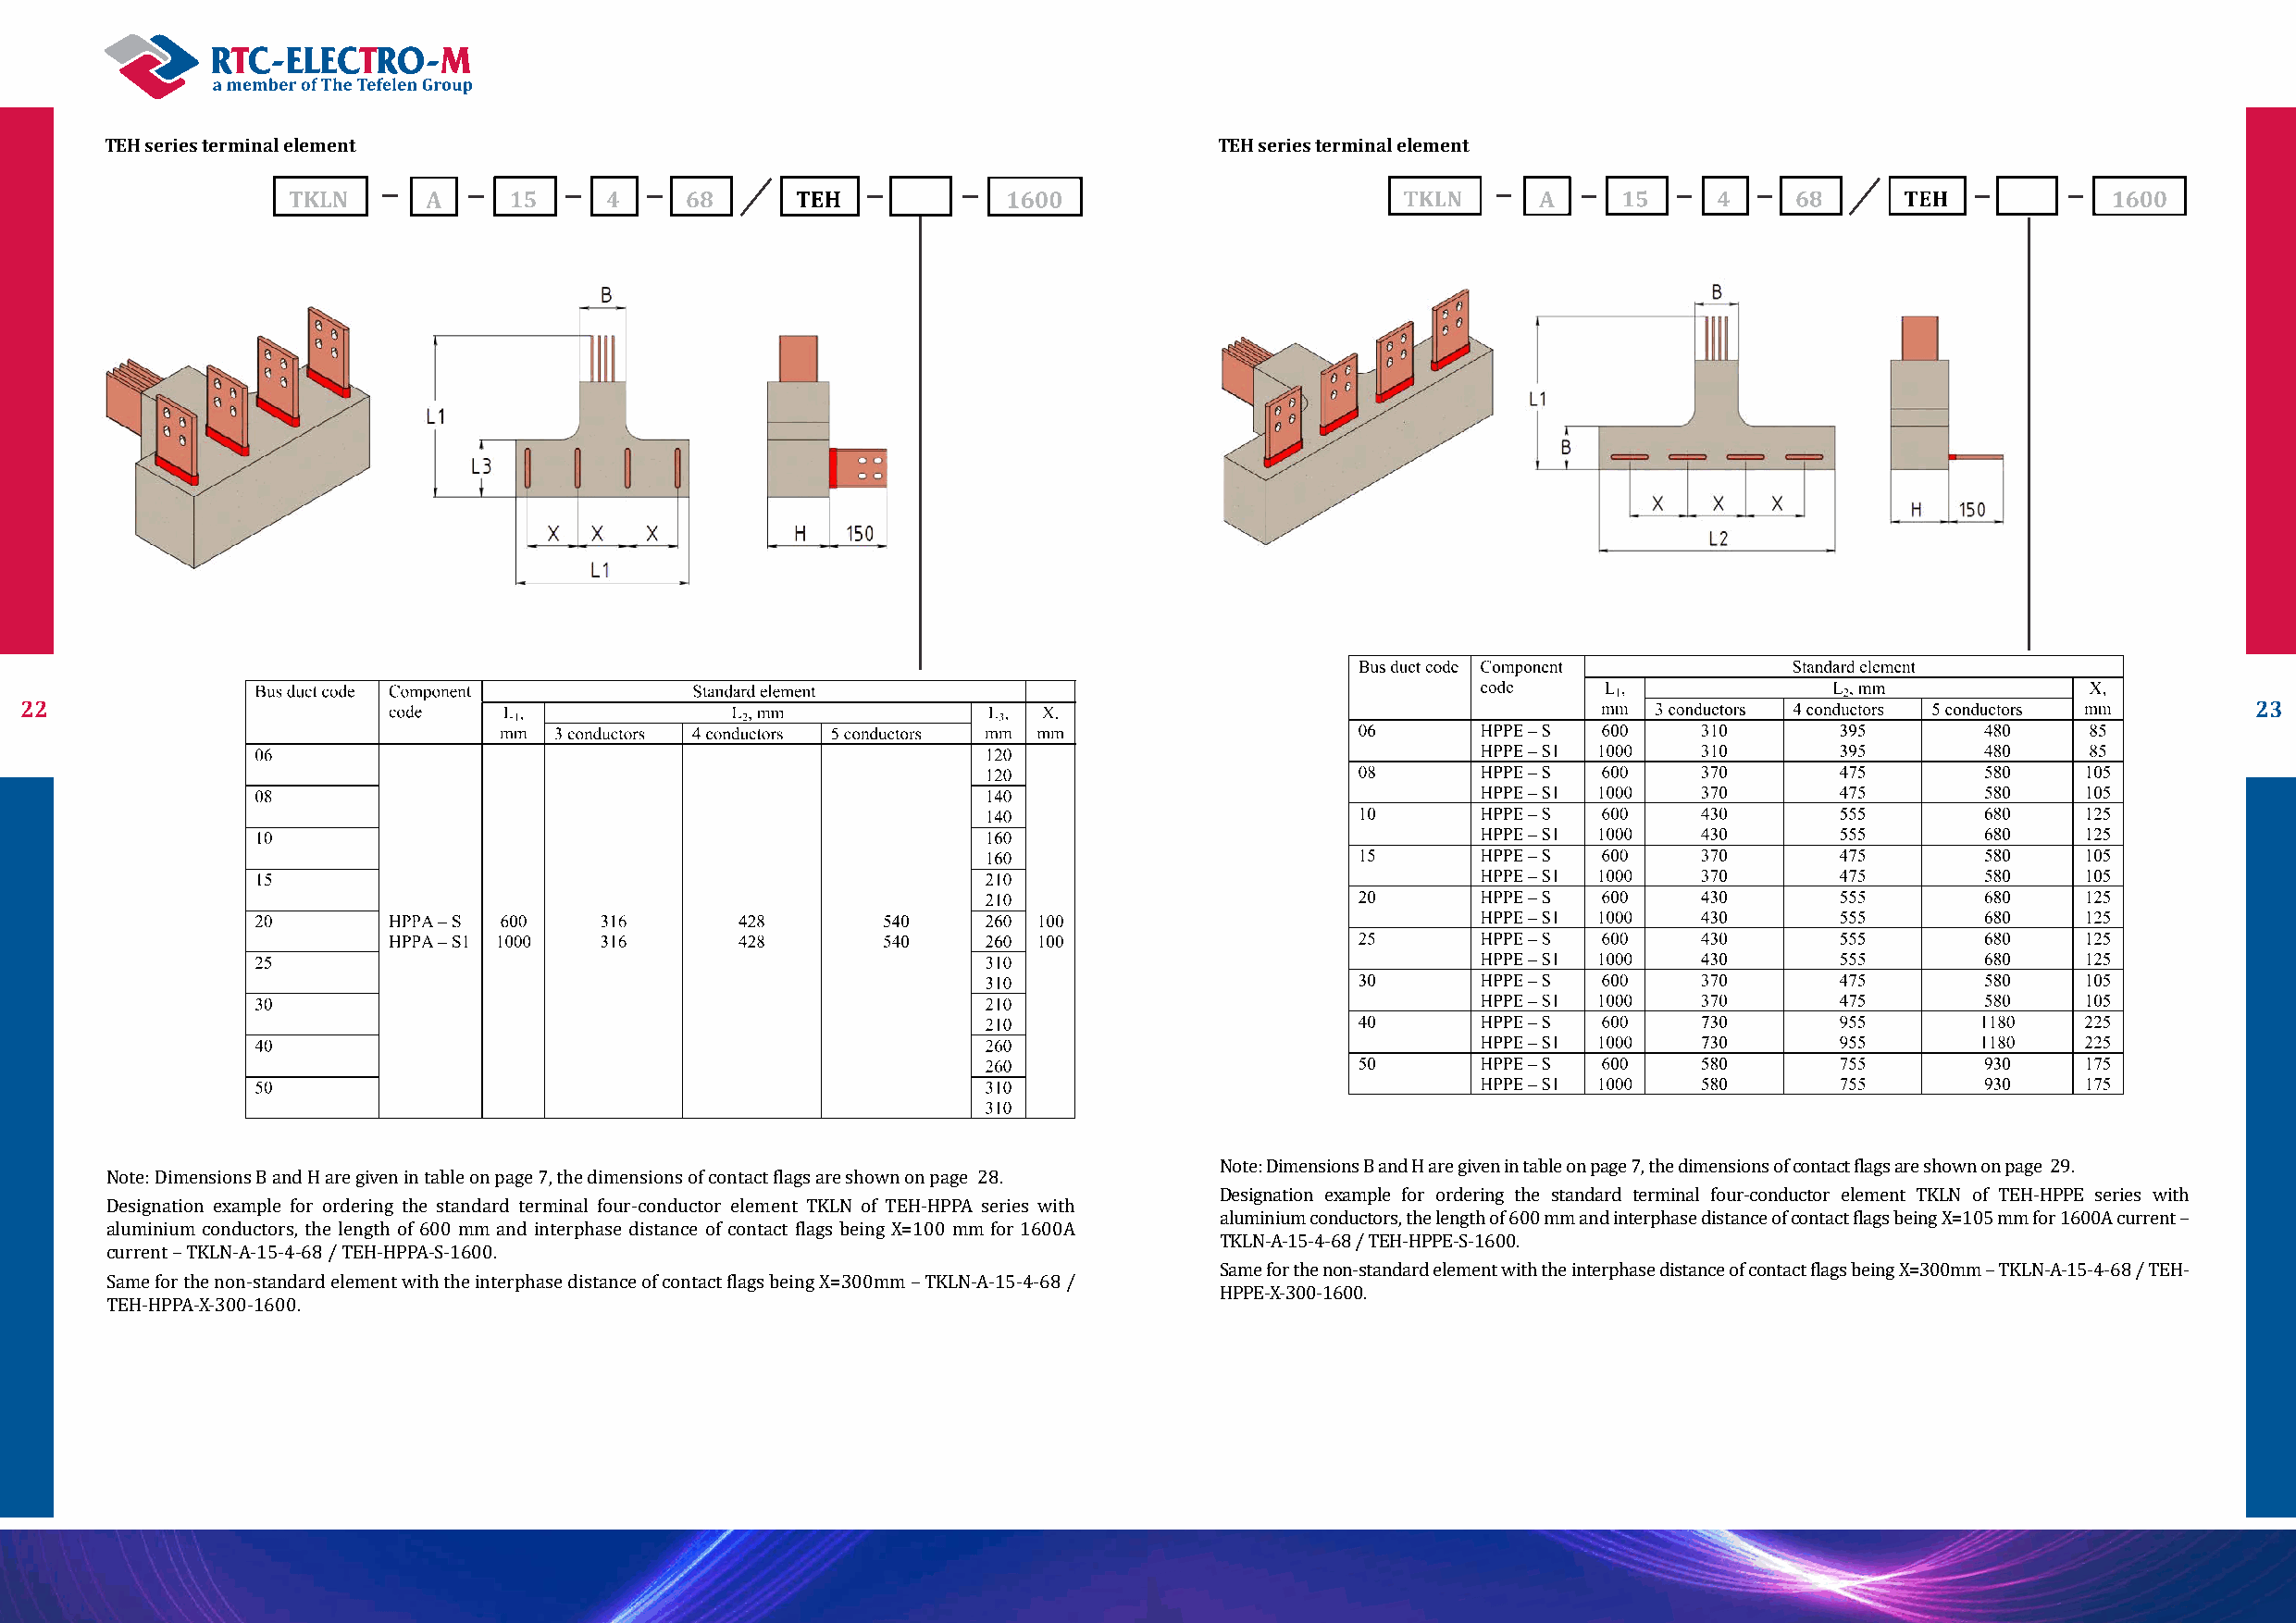
TEH series terminal element                                                     TEH series terminal element
 22                                                                                                                                                              23
 Note: Dimensions B and H are given in table on page 7, the dimensions of contact flags are shown on page 29.
 Note: Dimensions B and H are given in table on page 7, the dimensions of contact flags are shown on page 28.
 Designation example for ordering the standard terminal four-conductor element TKLN of TEH-HPPE series with
 Designation example for ordering the standard terminal four-conductor element TKLN of TEH-HPPA series with
 aluminium conductors, the length of 600 mm and interphase distance of contact flags being X=105 mm for 1600А current –
 aluminium conductors, the length of 600 mm and interphase distance of contact flags being X=100 mm for 1600А
 TKLN-A-15-4-68 / TEH-HPPE-S-1600.
 current – TKLN-A-15-4-68 / TEH-HPPA-S-1600.
 Same for the non-standard element with the interphase distance of contact flags being X=300mm – TKLN-A-15-4-68 / TEH-
 Same for the non-standard element with the interphase distance of contact flags being X=300mm – TKLN-A-15-4-68 /
 HPPE-X-300-1600.
 TEH-HPPA-X-300-1600.